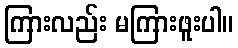
ကြားလည်း မကြားဖူးပါ။